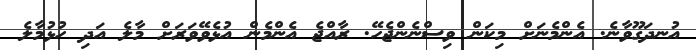
އުނދަގޫވާނެ. އެންމެނަށް މިކަން ވިސްނެންޖެހޭ. ރާއްޖެ އެންމެން އުޅެވޭވަރަށް މާލެ އަދި ހުޅުމާލެ